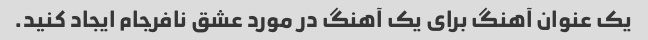
یک عنوان آهنگ برای یک آهنگ در مورد عشق نافرجام ایجاد کنید.